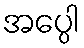
အပ္ပေါ